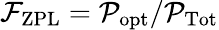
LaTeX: \mathcal{F}_{\mathrm{ZPL}}=\mathcal{P}_{\mathrm{opt}}/\mathcal{P}_{\mathrm{Tot}}